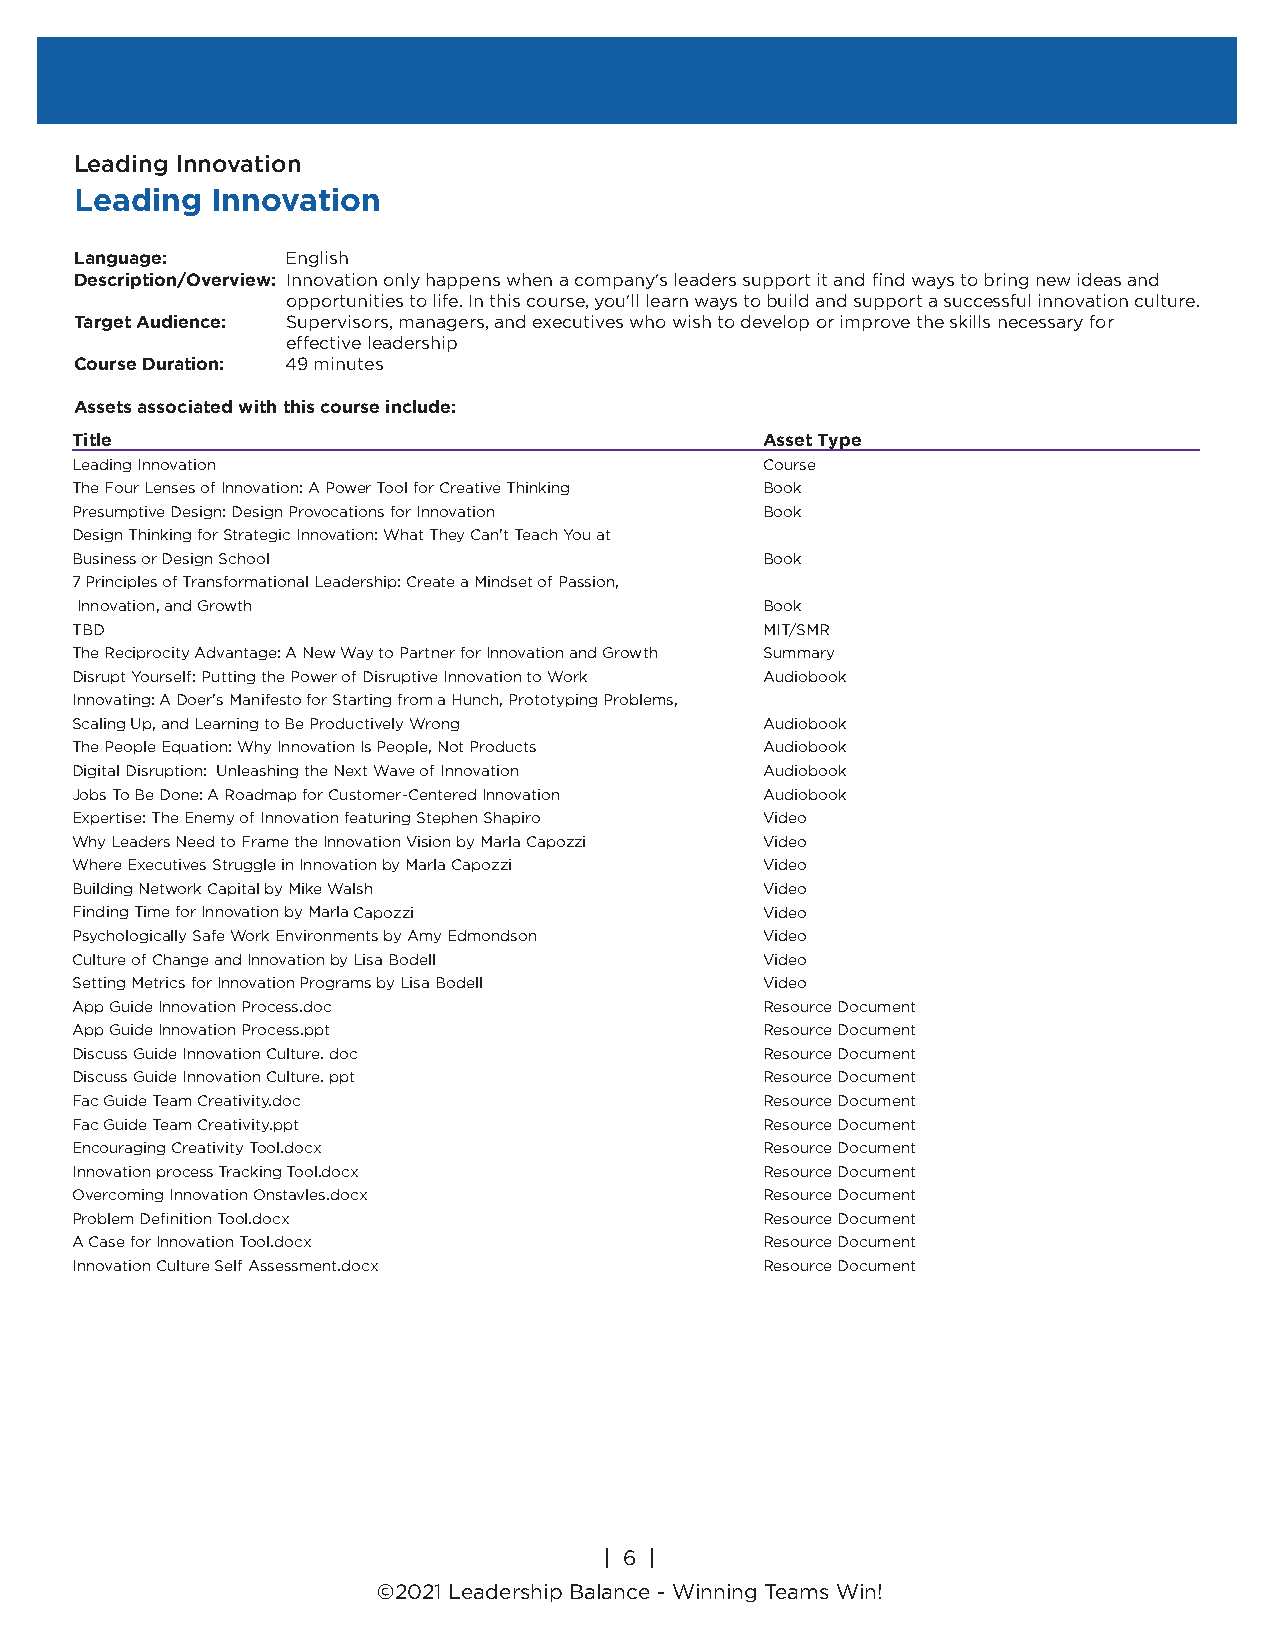
Leading Innovation
 Leading  Innovation
 Language:     English
 Description/Overview: Innovation only happens when a company's leaders support it and find ways to bring new ideas and
 opportunities to life. In this course, you'll learn ways to build and support a successful innovation culture.
 Target Audience: Supervisors, managers, and executives who wish to develop or improve the skills necessary for
 effective leadership
 Course Duration: 49 minutes
 Assets associated with this course include:
 Title                                         Asset Type
 Leading Innovation                            Course
 The Four Lenses of Innovation: A Power Tool for Creative Thinking Book
 Presumptive Design: Design Provocations for Innovation Book
 Design Thinking for Strategic Innovation: What They Can't Teach You at
 Business or Design School                     Book
 7 Principles of Transformational Leadership: Create a Mindset of Passion,
 Innovation, and Growth                        Book
 TBD                                           MIT/SMR
 The Reciprocity Advantage: A New Way to Partner for Innovation and Growth Summary
 Disrupt Yourself: Putting the Power of Disruptive Innovation to Work Audiobook
 Innovating: A Doer's Manifesto for Starting from a Hunch, Prototyping Problems,
 Scaling Up, and Learning to Be Productively Wrong Audiobook
 The People Equation: Why Innovation Is People, Not Products Audiobook
 Digital Disruption: Unleashing the Next Wave of Innovation Audiobook
 Jobs To Be Done: A Roadmap for Customer-Centered Innovation Audiobook
 Expertise: The Enemy of Innovation featuring Stephen Shapiro Video
 Why Leaders Need to Frame the Innovation Vision by Marla Capozzi Video
 Where Executives Struggle in Innovation by Marla Capozzi Video
 Building Network Capital by Mike Walsh        Video
 Finding Time for Innovation by Marla Capozzi  Video
 Psychologically Safe Work Environments by Amy Edmondson Video
 Culture of Change and Innovation by Lisa Bodell Video
 Setting Metrics for Innovation Programs by Lisa Bodell Video
 App Guide Innovation Process.doc              Resource Document
 App Guide Innovation Process.ppt              Resource Document
 Discuss Guide Innovation Culture. doc         Resource Document
 Discuss Guide Innovation Culture. ppt         Resource Document
 Fac Guide Team Creativity.doc                 Resource Document
 Fac Guide Team Creativity.ppt                 Resource Document
 Encouraging Creativity Tool.docx              Resource Document
 Innovation process Tracking Tool.docx         Resource Document
 Overcoming Innovation Onstavles.docx          Resource Document
 Problem Definition Tool.docx                  Resource Document
 A Case for Innovation Tool.docx               Resource Document
 Innovation Culture Self Assessment.docx       Resource Document
 | 6 |
 ©2018 Leadership Balance®, division of Liderança Group, Inc.
 | 6 |
 ©2021 Leadership Balance - Winning Teams Win!